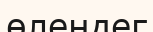
өлеңдег